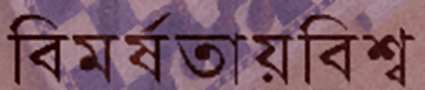
বিমর্ষতায়বিশ্ব